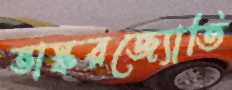
ভাস্করজ্যোতি